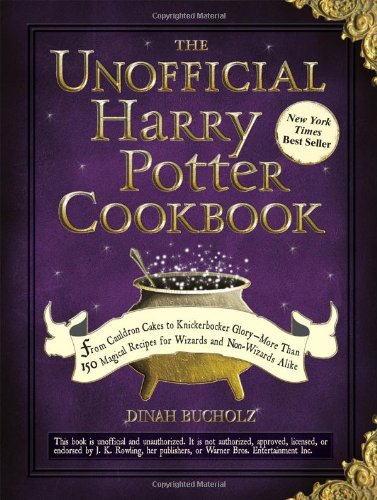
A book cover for The Unofficial Harry Potter Cookbook: From Cauldron Cakes to Knickerbocker Glory--More Than 150 Magical Recipes for Muggles and Wizards (Unofficial Cookbook); Dinah Buchotz; Children's Books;